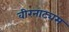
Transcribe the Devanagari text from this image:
वीरनाट्यम